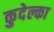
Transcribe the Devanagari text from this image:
कुदेल्का